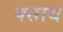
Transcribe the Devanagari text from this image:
क्साथ